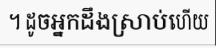
។ ដូចអ្នកដឹងស្រាប់ហើយ